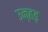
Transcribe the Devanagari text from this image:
उन्हड़